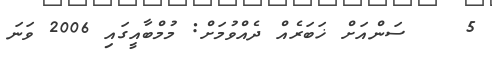
5    ސަންއަށް ޚަބަރެއް ދެއްވުމަށް: މުމްބާއީގައި 2006 ވަނަ